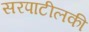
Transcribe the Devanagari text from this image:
सरपाटीलकी